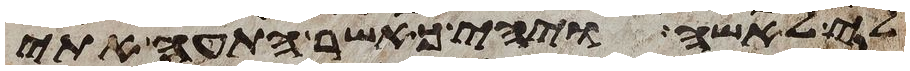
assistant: לי לאשה ויהי כאשר התעה אתי